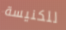
للكنيسة